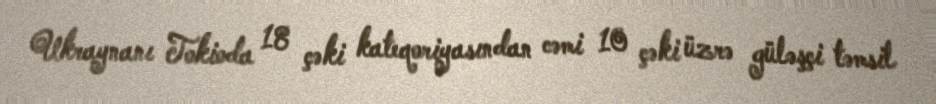
Ukraynanı Tokioda 18 çəki kateqoriyasından cəmi 10 çəki üzrə güləşçi təmsil